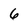
Character: 6